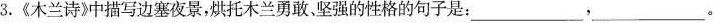
3.《木兰诗》中描写边塞夜景，烘托木兰勇敢、坚强的性格的句子是：___，___。